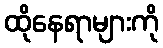
ထိုနေရာများကို